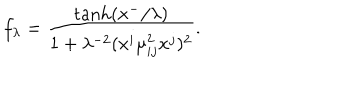
f _ { \lambda } = \frac { \tanh ( x ^ { - } / \lambda ) } { 1 + \lambda ^ { - 2 } ( x ^ { i } \mu _ { i j } ^ { 2 } x ^ { j } ) ^ { 2 } } .